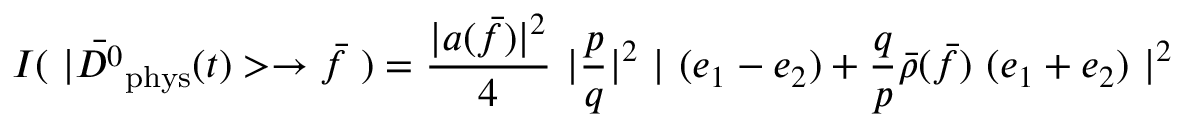
I ( ~ | \bar { D ^ { 0 } } _ { \mathrm { p h y s } } ( t ) > \to \bar { f } ~ ) = \frac { | a ( \bar { f } ) | ^ { 2 } } { 4 } ~ | \frac { p } { q } | ^ { 2 } ~ | ~ ( e _ { 1 } - e _ { 2 } ) + \frac { q } { p } \bar { \rho } ( \bar { f } ) ~ ( e _ { 1 } + e _ { 2 } ) ~ | ^ { 2 }